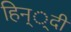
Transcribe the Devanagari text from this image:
हिन््दी